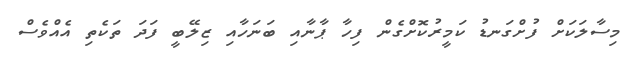
މިސާލަކަށް ފުށްގަނޑު ކަމީރުކޮށްގެން ފިހާ ޕާނާއި ބަނަހާއި ޒިލޭބީ ފަދަ ތަކެތި އެއްވެސް